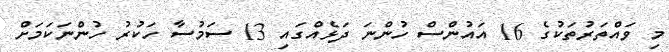
މި ވައްތަރުތަކުގެ 16 އައުންސް ހުންނަ ދަޅެއްގައި 13 ސަމުސާ ހަކުރު ހުންނަކަމަށް